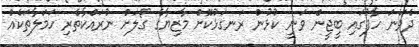
ދެވަނަ ހާފުގައި ބީޖީން ވަނީ ކުޅުން ރަނގަޅުކޮށް މާޒިޔާގެ ގޯލަށް ނުރައްކާތެރި ހަމަލާތަކެއް